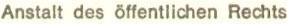
Anstalt des öffentlichen Rechts